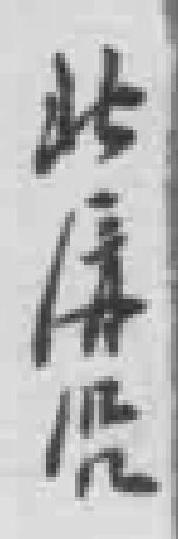
北*沿